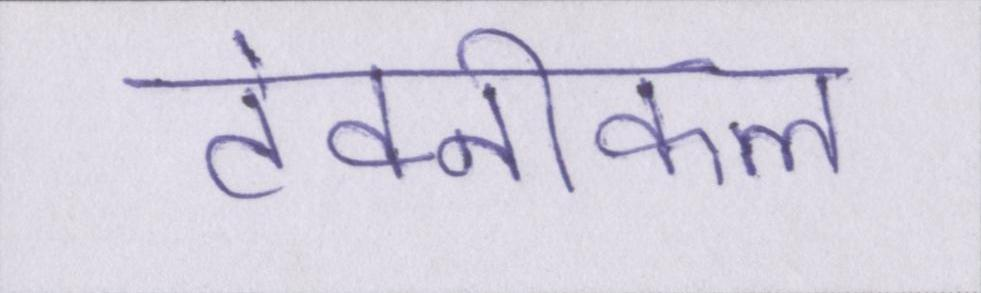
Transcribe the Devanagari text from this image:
टेक्नीकल